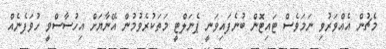
މެޗުން އެއްވަރުވި ނަމަވެސް ޓައިޓޮން ބުނެފައިވަނީ ޕެނަލްޓީ މަތަކުރެވުމުން އޭނާޔަށް އިހުސާސްވީ ހުވަފެނެއް